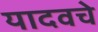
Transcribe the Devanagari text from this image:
यादवचे